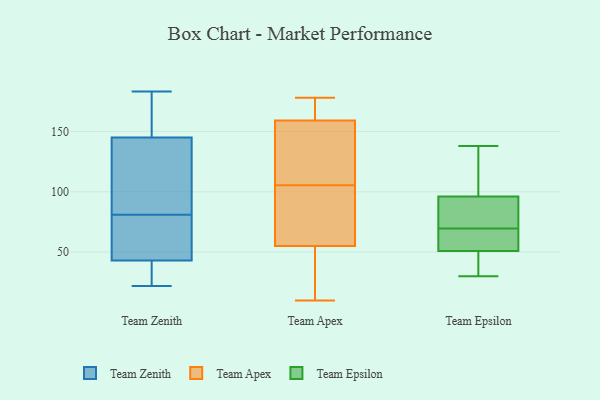
{"axis": {"x": "Headcount", "y": "Value"}, "legend": ["Team Apex", "Team Epsilon", "Team Zenith"], "data": [{"x": "", "y": 79, "type": "Team Zenith"}, {"x": "", "y": 83, "type": "Team Zenith"}, {"x": "", "y": 163, "type": "Team Zenith"}, {"x": "", "y": 116, "type": "Team Zenith"}, {"x": "", "y": 38, "type": "Team Zenith"}, {"x": "", "y": 102, "type": "Team Zenith"}, {"x": "", "y": 44, "type": "Team Zenith"}, {"x": "", "y": 153, "type": "Team Zenith"}, {"x": "", "y": 156, "type": "Team Zenith"}, {"x": "", "y": 183, "type": "Team Zenith"}, {"x": "", "y": 63, "type": "Team Zenith"}, {"x": "", "y": 23, "type": "Team Zenith"}, {"x": "", "y": 59, "type": "Team Zenith"}, {"x": "", "y": 177, "type": "Team Zenith"}, {"x": "", "y": 42, "type": "Team Zenith"}, {"x": "", "y": 22, "type": "Team Zenith"}, {"x": "", "y": 98, "type": "Team Zenith"}, {"x": "", "y": 53, "type": "Team Zenith"}, {"x": "", "y": 137, "type": "Team Zenith"}, {"x": "", "y": 34, "type": "Team Zenith"}, {"x": "", "y": 55, "type": "Team Apex"}, {"x": "", "y": 178, "type": "Team Apex"}, {"x": "", "y": 10, "type": "Team Apex"}, {"x": "", "y": 69, "type": "Team Apex"}, {"x": "", "y": 159, "type": "Team Apex"}, {"x": "", "y": 123, "type": "Team Apex"}, {"x": "", "y": 88, "type": "Team Apex"}, {"x": "", "y": 12, "type": "Team Apex"}, {"x": "", "y": 126, "type": "Team Apex"}, {"x": "", "y": 161, "type": "Team Apex"}, {"x": "", "y": 48, "type": "Team Epsilon"}, {"x": "", "y": 138, "type": "Team Epsilon"}, {"x": "", "y": 66, "type": "Team Epsilon"}, {"x": "", "y": 51, "type": "Team Epsilon"}, {"x": "", "y": 30, "type": "Team Epsilon"}, {"x": "", "y": 66, "type": "Team Epsilon"}, {"x": "", "y": 85, "type": "Team Epsilon"}, {"x": "", "y": 121, "type": "Team Epsilon"}, {"x": "", "y": 73, "type": "Team Epsilon"}, {"x": "", "y": 96, "type": "Team Epsilon"}]}